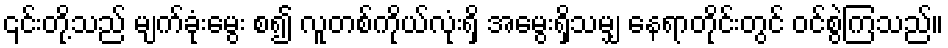
၎င်းတို့သည် မျက်ခုံးမွေး စ၍ လူတစ်ကိုယ်လုံးရှိ အမွေးရှိသမျှ နေရာတိုင်းတွင် ဝင်စွဲကြသည်။